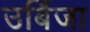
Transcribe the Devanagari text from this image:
उर्बिजा